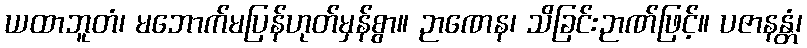
ယထာဘူတံ၊ မဘောက်မပြန်ဟုတ်မှန်စွာ။ ဉာဏေန၊ သိခြင်းဉာဏ်ဖြင့်။ ပဇာနန္တံ၊